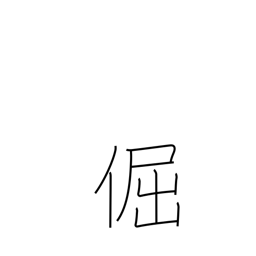
Meaning: stubborn